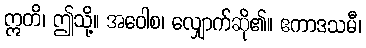
ဣတိ၊ ဤသို့။ အဝေါစ၊ လျှောက်ဆို၏။ ဧကာဒသမီ၊